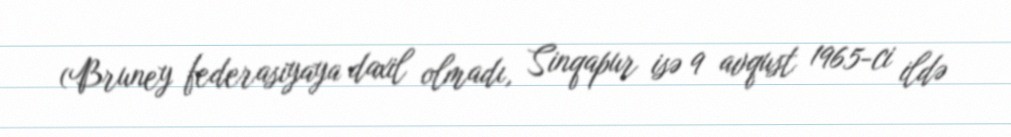
(Bruney federasiyaya daxil olmadı, Sinqapur isə 9 avqust 1965-ci ildə